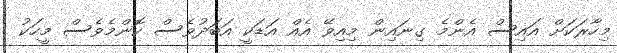
މިހާރަކަށް އައިސް އެންމެ ގިނައިން މިއިވޭ އެއް އަޑަކީ އަބަދުވެސް ކޮންމެވެސް މީހަކު